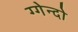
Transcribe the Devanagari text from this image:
ग्गेन्दो